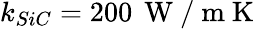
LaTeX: k_{SiC}=200\, \mathrm{~W~/~m~K~}